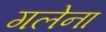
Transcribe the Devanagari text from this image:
गलेना